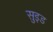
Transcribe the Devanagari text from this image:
सुइड